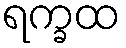
ရက္ခထ